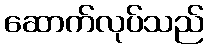
ဆောက်လုပ်သည်